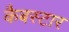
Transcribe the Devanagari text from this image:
कैबस्टार